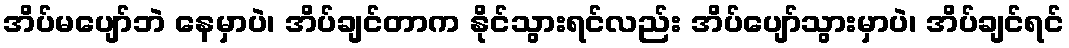
အိပ်မပျော်ဘဲ နေမှာပဲ၊ အိပ်ချင်တာက နိုင်သွားရင်လည်း အိပ်ပျော်သွားမှာပဲ၊ အိပ်ချင်ရင်